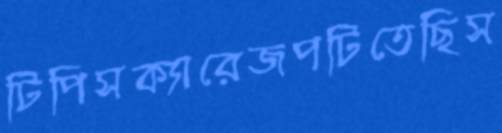
টিপিসক্যারেজপটিতেছিস